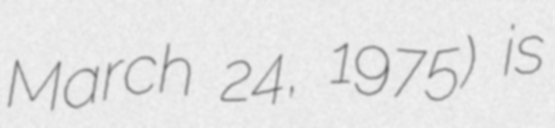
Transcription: March 24, 1975) is